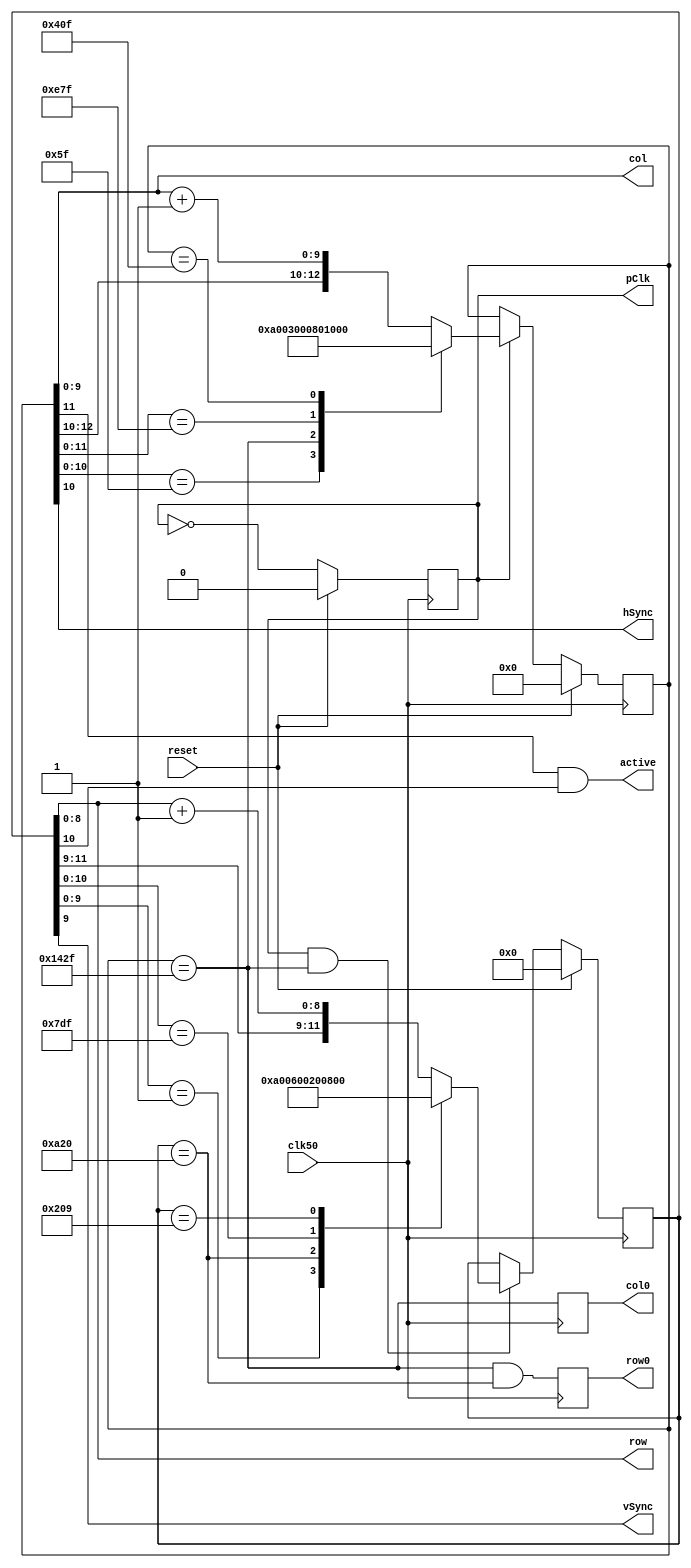
/*
 * VGA timing generator
 *
 * Original file (C) Arlet Ottens
 * 
 * Slightly modified by Brendan Doms, Sean McBride, Brian Shih, and Mikell Taylor for use in their own project.
 * (The timing was a bit off from official VGA specifications.)
 */

module vga( reset, clk50, vSync, hSync, pClk, row, col, row0, col0, active );
    input reset;
    output vSync;
    output hSync;
    input clk50;

    // outputs to data generator
    output pClk;		// pixel clock
    output row0;		// pulse when Row == 0
    output col0;		// pulse when Col == 0
    output [9:0] col;		// next column
    output [8:0] row;		// next row
    output active;		//

reg pClk;			// pixel clock
reg row0;			// pulse when Row == 0
reg col0;			// pulse when Col == 0
reg [12:0] hClock;
reg [11:0] vClock;
assign col = hClock[9:0];
assign row = vClock[8:0];
assign active = hClock[11] & vClock[10];
assign vSync = vClock[9];
assign hSync = hClock[10];

/*
 * VGA timing information.
 */
parameter 
    HSYNC   = 10'd95,
    HBACK   = 10'd47,
    HACTIVE = 10'd639,
    HFRONT  = 10'd15;

parameter
    VSYNC   = 9'd1,
    VBACK   = 9'd32,
    VACTIVE = 9'd479,
    VFRONT  = 9'd9;

wire hStart = ( hClock == {3'b101, HBACK} );
wire vStart = ( vClock == {3'b101, VBACK} );

/*
 * make 25 MHz pixelclock
 */
always @(posedge clk50)
       pClk <= reset ? 0 : ~pClk;

/*
 * Horizontal timing state machine
 */
always @(posedge clk50) begin
    if( reset ) begin
	hClock <= 0;
	col0 <= 0;
    end else if( pClk ) begin
	casex( hClock )
	    { 3'bxx0, HSYNC   } : hClock <= { 3'b101, 10'd0 };
	    { 3'b101, HBACK   } : hClock <= { 3'b011, 10'd0 };
	    { 3'bx11, HACTIVE } : hClock <= { 3'b001, 10'd0 };
	    { 3'b001, HFRONT  } : hClock <= { 3'b100, 10'd0 };

	    default:
		hClock <= { hClock[12:10], hClock[9:0] + 10'd1 };
	endcase
    end
    col0 <= hStart;
end

/*
 * Vertical timing state machine
 */
always @(posedge clk50) begin
    if( reset ) begin
	vClock <= 0;
	row0 <= 0;
    end else if( pClk & hStart ) begin
	casex ( vClock )
	    { 3'bxx0, VSYNC   } : vClock <= { 3'b101, 9'd0 };
	    { 3'b101, VBACK   } : vClock <= { 3'b011, 9'd0 };
	    { 3'bx11, VACTIVE } : vClock <= { 3'b001, 9'd0 };
	    { 3'b001, VFRONT  } : vClock <= { 3'b100, 9'd0 };

	    default:
		vClock <= { vClock[11:9], vClock[8:0] + 9'd1};
	endcase
    end
    row0 <= hStart & vStart;
end

endmodule